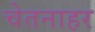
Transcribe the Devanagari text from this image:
चेतनाहर